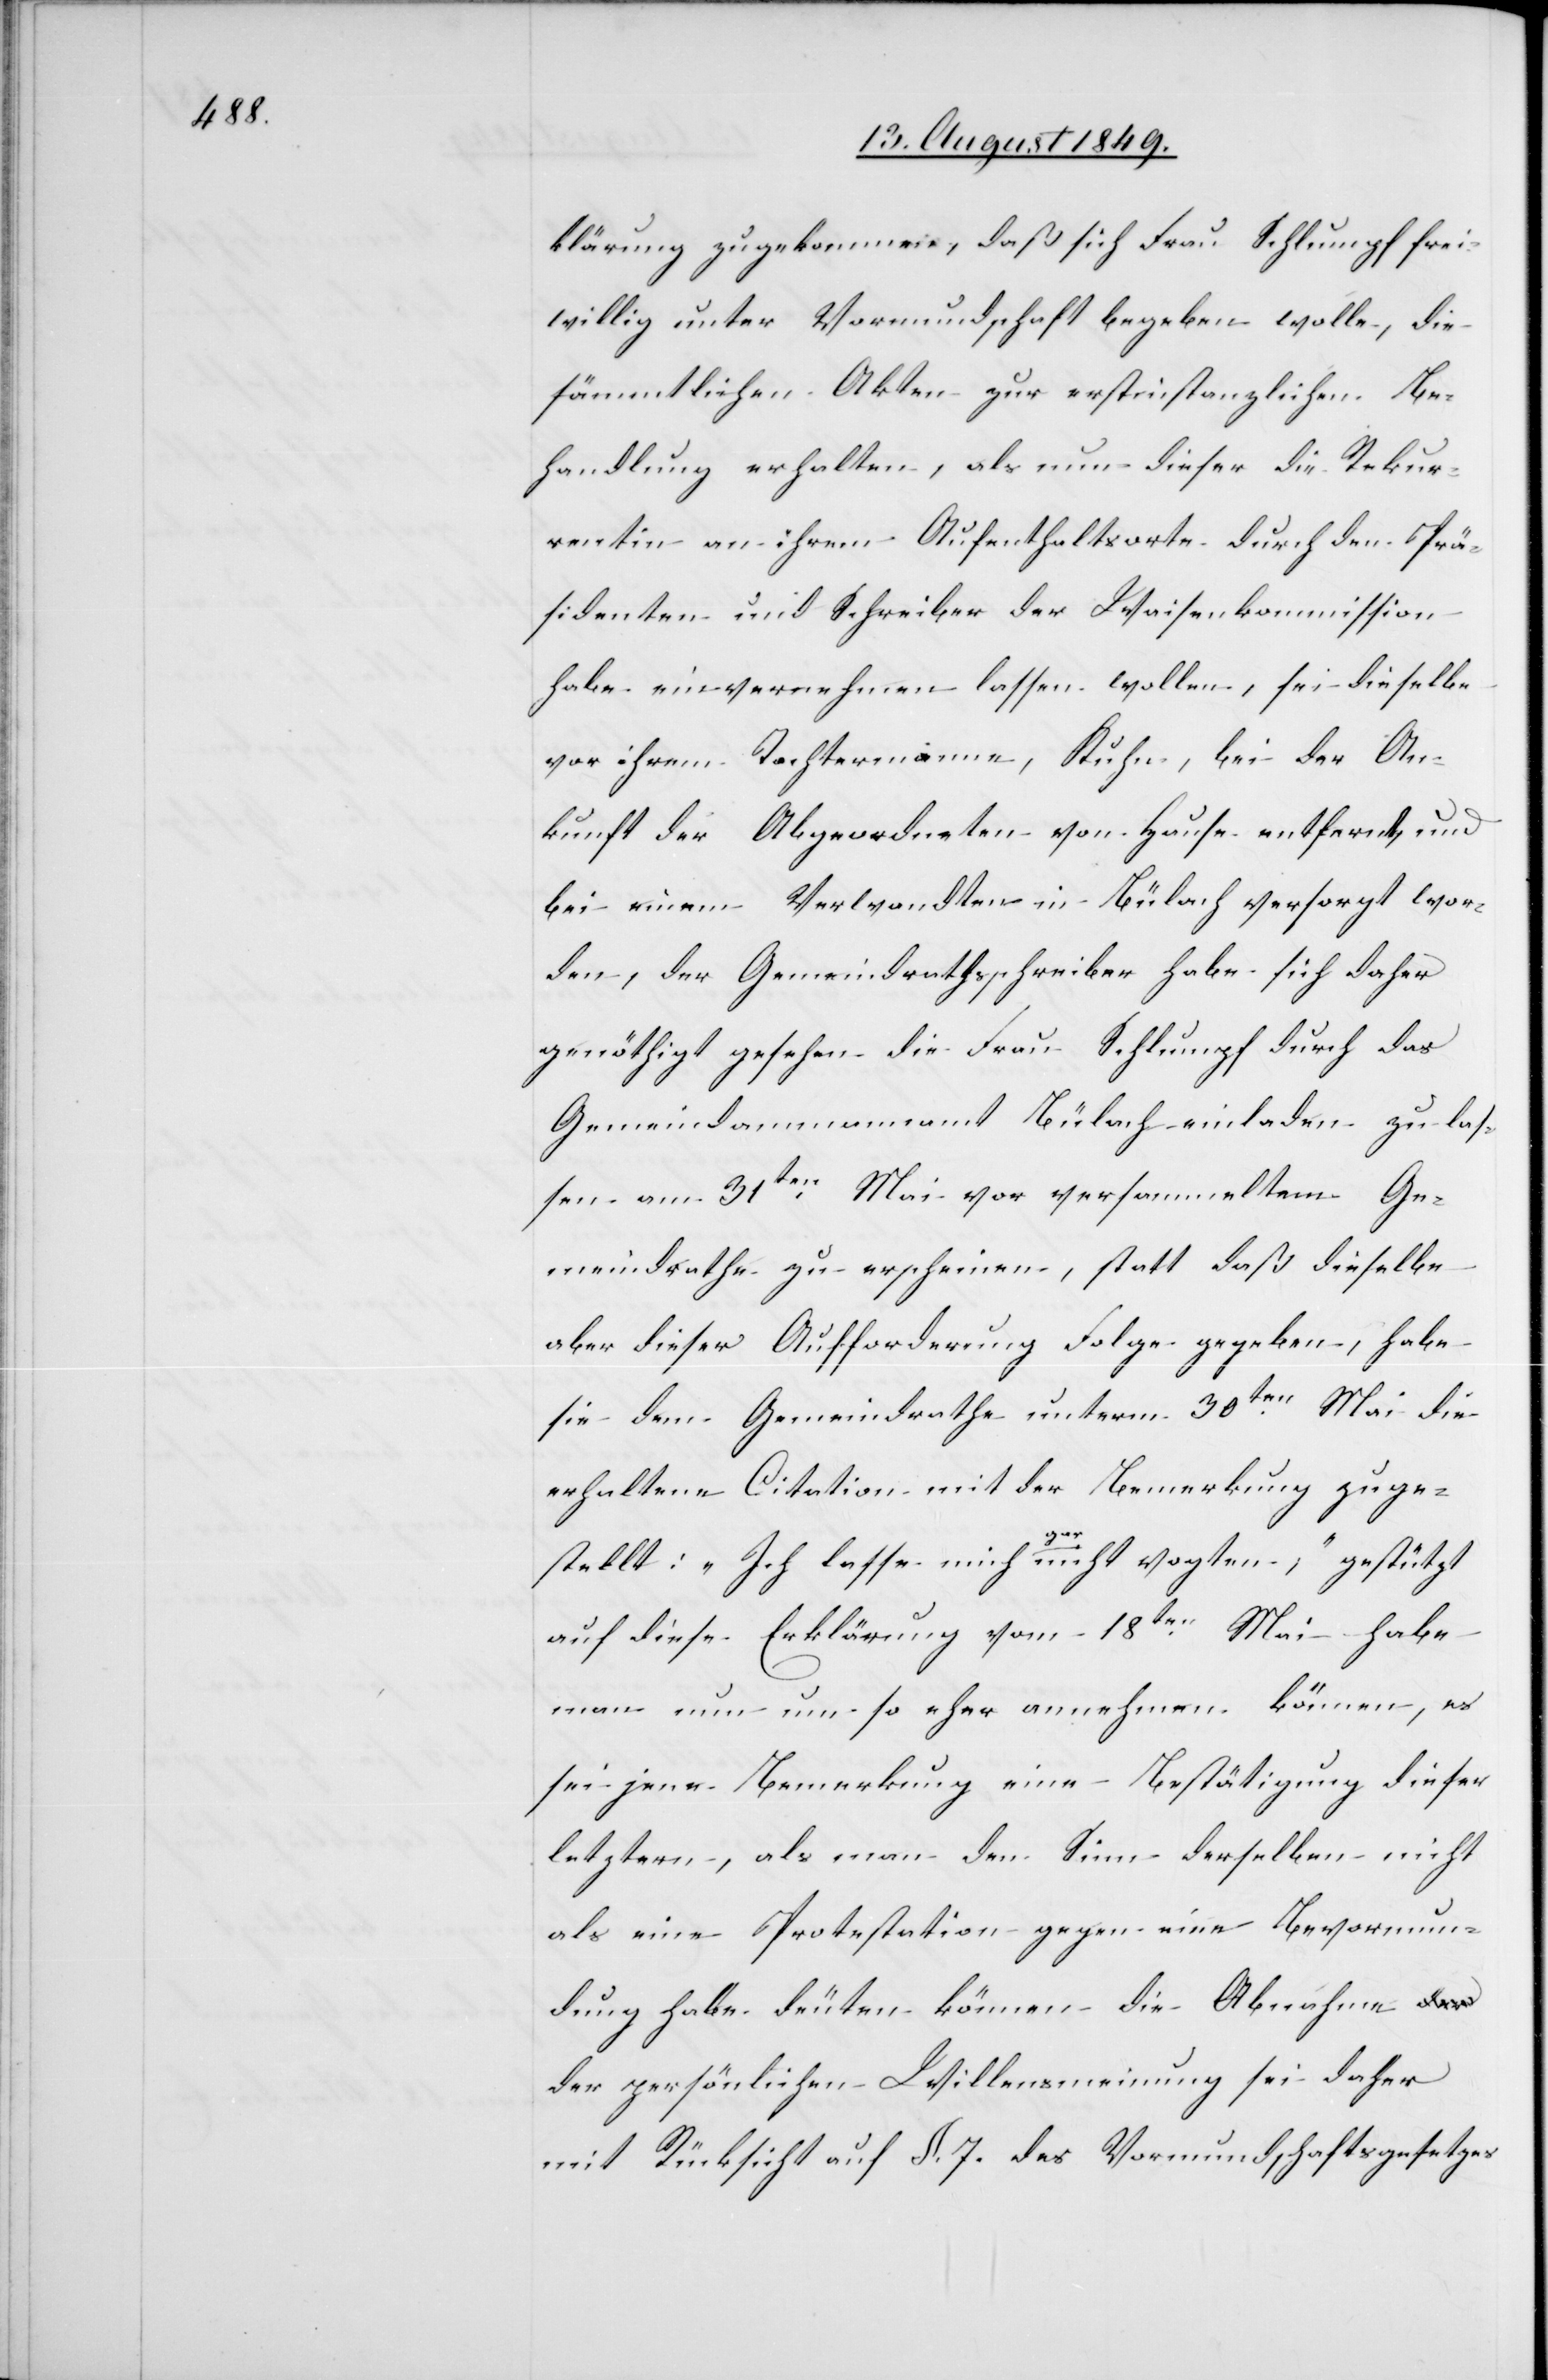
klärung zugekommen, daß sich Frau Schlumpf frei¬
willig unter Vormundschaft begeben wolle, die
sämmtlichen Akten zur erstinstanzlichen Be¬
handlung erhalten, als nun dieser die Rekur¬
rentin an ihrem Aufenthaltsorte durch den Prä¬
sidenten und Schreiber der Waisenkommission
habe einvernehmen lassen wollen, sei dieselbe
vor ihrem Tochtermann, Kuhn, bei der An¬
kunft der Abgeordneten vom Hause entfernt, und
bei einem Verwandten in Bülach versorgt wor¬
den, der Gemeindrathsschreiber habe sich daher
genöthigt gesehen die Frau Schlumpf durch das
Gemeindammannamt Bülach einladen zu las¬
sen am 31ten Mai vor versammelten Ge¬
meindrathe zu erscheinen, statt daß dieselbe
aber dieser Aufforderung Folge gegeben, habe
sie dem Gemeindrathe unterm 30ten Mai die
erhaltene Citation mit der Bemerkung zuge¬
stellt: „Ich lasse mich a-gar-a nicht vogten“, gestützt
auf diese Erklärung vom 18ten Mai habe
man nun um so eher annehmen können, es
sei jene Bemerkung eine Bestätigung dieser
letztern, als man den Sinn derselben nicht
als eine Protestation gegen eine Bevormun¬
dung habe deuten können die Abnahme
der persönlichen Willensmeinung sei daher
mit Rücksicht auf §. 7. des Vormundschaftsgesetzes